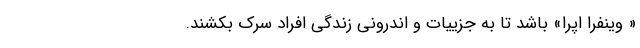
« وینفرا اپرا» باشد تا به جزییات و اندرونی زندگی افراد سرک بکشند.